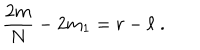
LaTeX: { \frac { 2 m } { N } } - 2 m _ { 1 } = r - \ell \; .